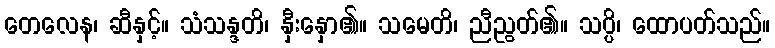
တေလေန၊ ဆီနှင့်။ သံသန္ဒတိ၊ နှီးနှော၏။ သမေတိ၊ ညီညွတ်၏။ သပ္ပိ၊ ထောပတ်သည်။